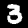
Label: 3